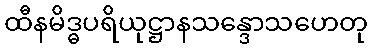
ထီနမိဒ္ဓပရိယုဋ္ဌာနသန္ဒောသဟေတု